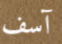
آسف